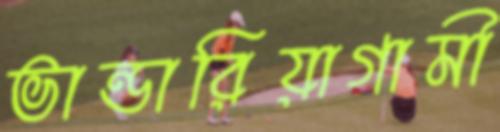
ভান্ডারিয়াগামী